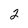
Character: 2